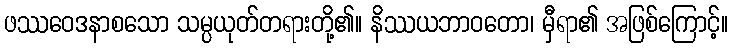
ဖဿဝေဒနာစသော သမ္ပယုတ်တရားတို့၏။ နိဿယဘာဝတော၊ မှီရာ၏ အဖြစ်ကြောင့်။